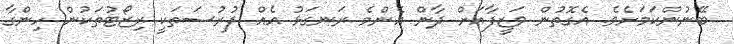
ބޭނުންކަމަށެވެ. އެގޮތުން ވަަޒީފާއަށް ދާން އެންމެ ރަނގަޅު އެއް ފުރުސަތަކީ ރިޒޯޓުތަކުން ހިންގާ